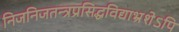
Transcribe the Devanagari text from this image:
निजनिजतन्त्रप्रसिद्धविद्याभ्रंशेऽपि